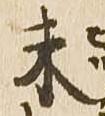
未